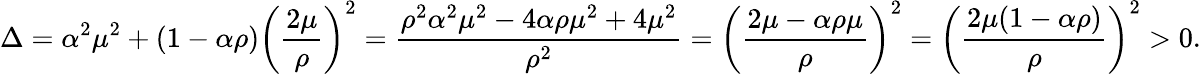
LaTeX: \Delta=\alpha^{2}\mu^{2}+(1-\alpha\rho)\left(\frac{2\mu}{\rho}\right)^{2}=\frac{\rho^{2}\alpha^{2}\mu^{2}-4\alpha\rho\mu^{2}+4\mu^{2}}{\rho^{2}}=\left(\frac{2\mu-\alpha\rho\mu}{\rho}\right)^{2}=\left(\frac{2\mu(1-\alpha\rho)}{\rho}\right)^{2}>0.